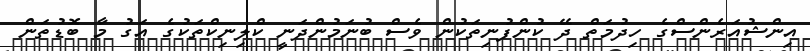
އިންޝުއަރެންސްގެ ހިދުމަތް ދޭ ކުންފުނިތަކުން ވެސް ބުނަމުންދަނީ ކްލިނިކްތަކުގެ އަގު މާ ބޮޑުތަން